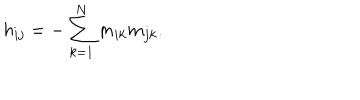
h _ { i j } = - \sum _ { k = 1 } ^ { N } m _ { i k } m _ { j k } .